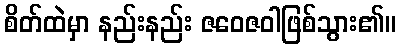
စိတ်ထဲမှာ နည်းနည်း ဇဝေဇဝါဖြစ်သွား၏။